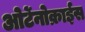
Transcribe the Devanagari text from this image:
ओर्टेनोक्राईस